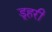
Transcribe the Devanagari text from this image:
डूहरी